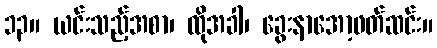
၁၃။ ယင်းသည့်အစာ၊ ထိုအခါ၊ ခွေးနာအော့ဖတ်ဆင်း။